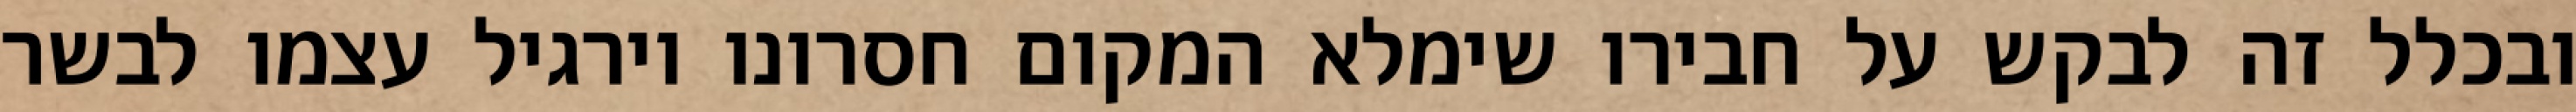
ובכלל זה לבקש על חבירו שימלא המקום חסרונו וירגיל עצמו לבשר